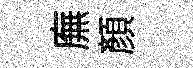
廡顔